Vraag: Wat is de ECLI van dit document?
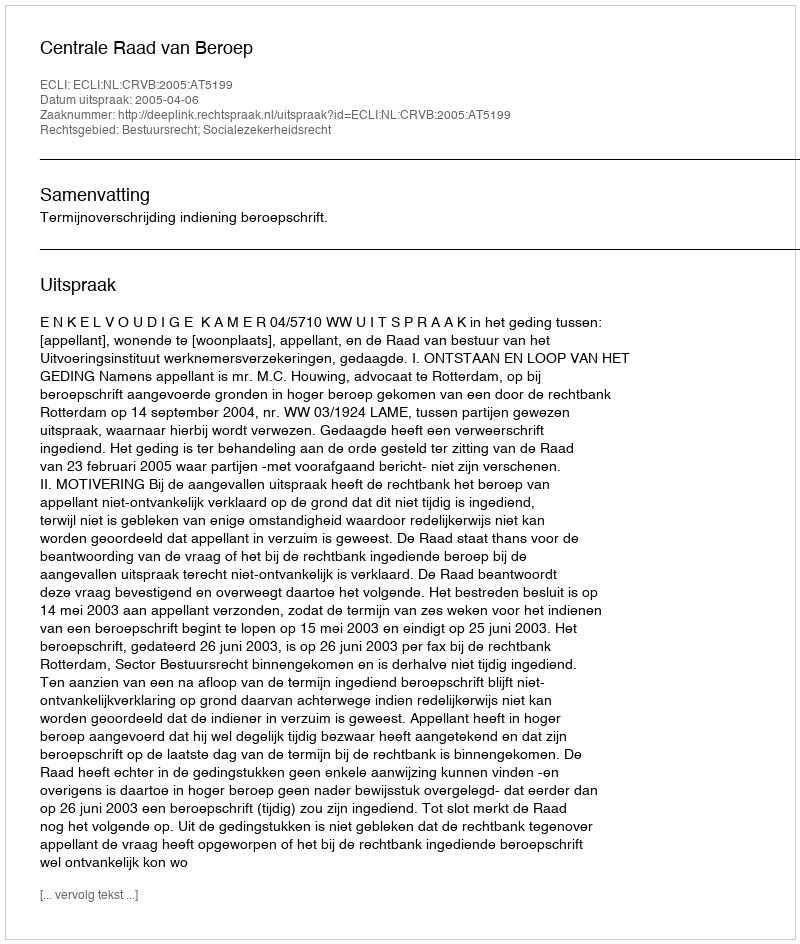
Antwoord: ECLI:NL:CRVB:2005:AT5199